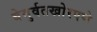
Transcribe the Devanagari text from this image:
बेमुर्वतखोरपणे